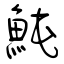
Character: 魨